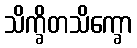
သိက္ခိတသိက္ခော